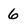
Character: 6